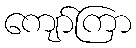
ကျော်ကြာ